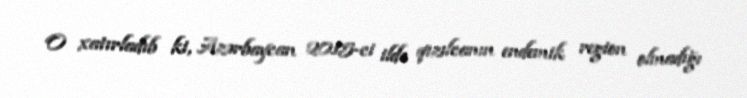
O xatırladıb ki, Azərbaycan 2015-ci ildə qızılcanın endemik region olmadığı